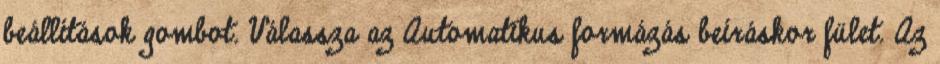
beállítások gombot. Válassza az Automatikus formázás beíráskor fület. Az